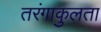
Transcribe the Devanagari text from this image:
तरंगाकुलता